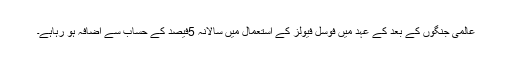
عالمی جنگوں کے بعد کے عہد میں فوسل فیولز کے استعمال میں سالانہ 5فیصد کے حساب سے اضافہ ہو رہاہے۔